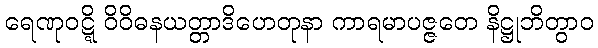
ရေဏုဝဋ္ဋိ ဝိဝိဓနယတ္တာဒိဟေတုနာ ကာရမာပဇ္ဇတေ နိဋ္ဌုဘိတွာဝ